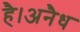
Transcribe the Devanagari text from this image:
है।अनैध